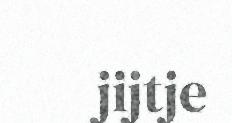
jijtje